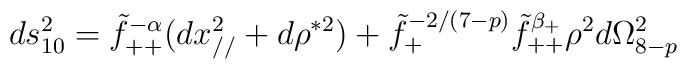
ds^2_{10}=\tilde f_{++}^{-\alpha}(dx_{//}^2+d\rho ^{*2})+\tilde f_+^{-2/(7-p)}\tilde f_{++}^{\beta_+}\rho^{2}d\Omega_{8-p}^2